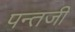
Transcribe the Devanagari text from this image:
पन्तजी